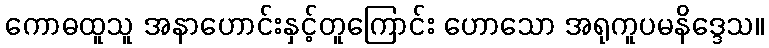
ကောဓထူသူ အနာဟောင်းနှင့်တူကြောင်း ဟောသော အရုကူပမနိဒ္ဒေသ။